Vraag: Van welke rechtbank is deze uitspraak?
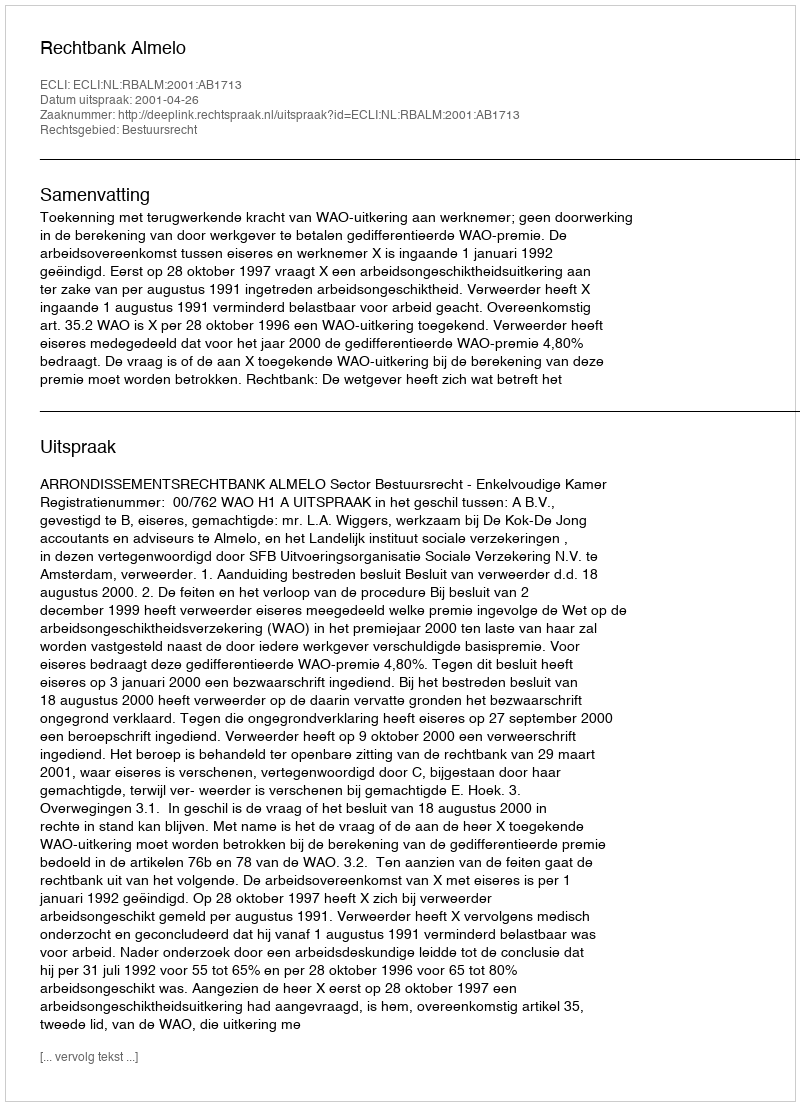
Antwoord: Rechtbank Almelo